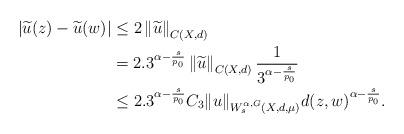
LaTeX: \begin{align*}\begin{aligned}\left|\widetilde{u}(z)-\widetilde{u}(w)\right| & \leq 2\left\|\widetilde{u}\right\|_{C(X, d)} \\& =2.3^{\alpha-\frac{s}{p_{0}}}\left\|\widetilde{u}\right\|_{C(X, d)} \frac{1}{3^{\alpha-\frac{s}{p_{0}}}} \\& \leq 2.3^{\alpha-\frac{s}{p_{0}}} C_3\|u\|_{W_s^{\alpha, G}(X, d, \mu)} d(z, w)^{\alpha-\frac{s}{p_{0}}}.\end{aligned}\end{align*}